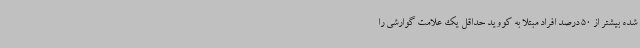
شده بیشتر از 50 درصد افراد مبتلا به کووید حداقل یک علامت گوارشی را